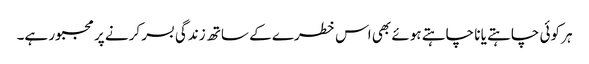
ہر کوئی چاہتے یا نا چاہتے ہوئے بھی اس خطرے کے ساتھ زندگی بسر کرنے پر مجبور ہے۔